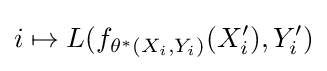
i\mapsto L(f_{\theta ^{*}(X_{i},Y_{i})}(X_{i}'),Y_{i}')